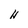
Character: H